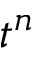
t ^ { n }